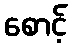
စောင့်